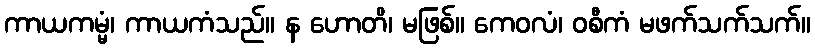
ကာယကမ္မံ၊ ကာယကံသည်။ န ဟောတိ၊ မဖြစ်။ ကေဝလံ၊ ဝစီကံ မဖက်သက်သက်။